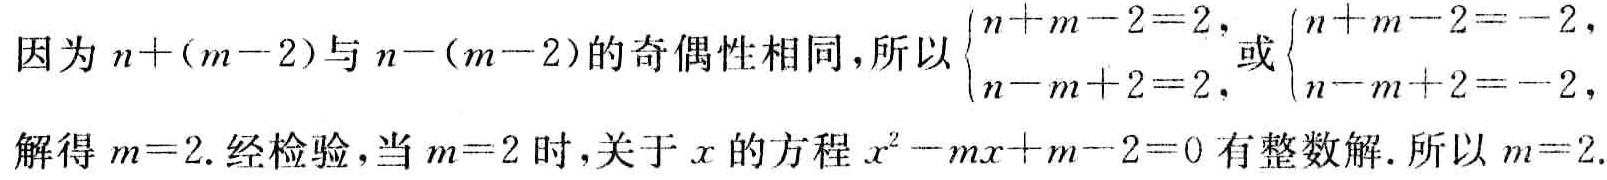
因为\(n+(m - 2)\)与\(n-(m - 2)\)的奇偶性相同，所以\(\begin{cases}n + m - 2 = 2,\\n - m + 2 = 2,\end{cases}\)或\(\begin{cases}n + m - 2 = -2,\\n - m + 2 = -2,\end{cases}\)

解得\(m = 2\). 经检验，当\(m = 2\)时，关于\(x\)的方程\(x^{2}-mx + m - 2 = 0\)有整数解. 所以\(m = 2\).